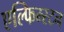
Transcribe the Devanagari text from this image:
एल्फिम्स्टन